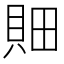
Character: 𰶼